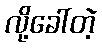
လို့ခေါ်တဲ့